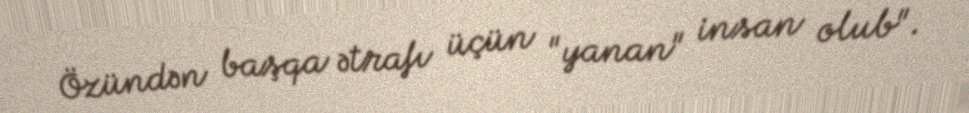
Özündən başqa ətrafı üçün "yanan" insan olub".